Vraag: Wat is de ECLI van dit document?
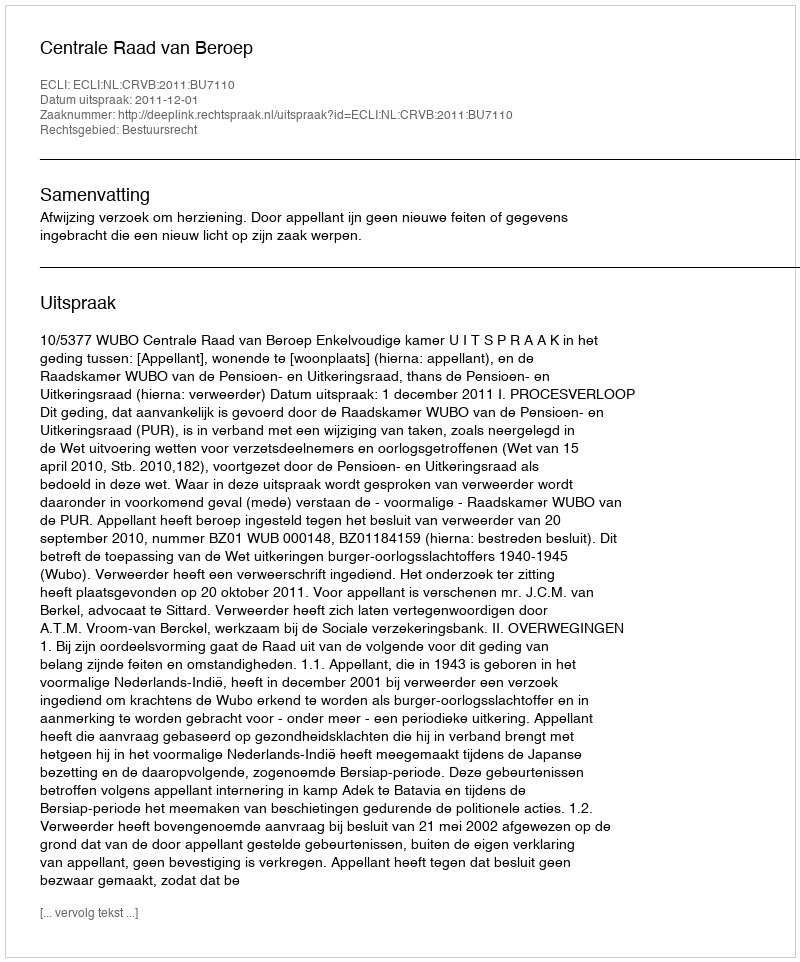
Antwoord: ECLI:NL:CRVB:2011:BU7110